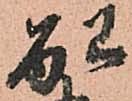
配